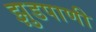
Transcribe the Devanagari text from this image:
झुडपाणी